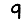
Digit: 9